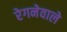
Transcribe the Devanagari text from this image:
रेगनेवाले